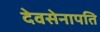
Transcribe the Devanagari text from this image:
देवसेनापति